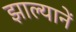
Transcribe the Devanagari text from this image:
झाल्यानें